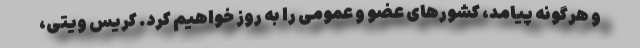
و هرگونه پیامد، کشورهای عضو و عمومی را به روز خواهیم کرد. کریس ویتی،